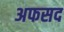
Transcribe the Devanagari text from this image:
अफसद